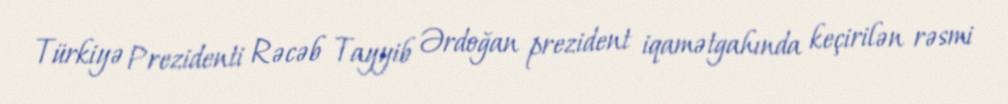
Türkiyə Prezidenti Rəcəb Tayyib Ərdoğan prezident iqamətgahında keçirilən rəsmi